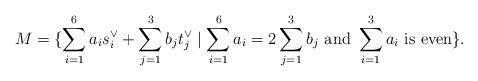
LaTeX: \begin{align*}M=\{\sum_{i=1}^6 a_i s_i^\vee + \sum_{j=1}^3 b_j t_j^\vee \mid \sum_{i=1}^6a_i=2\sum_{j=1}^3b_j~{\rm and~} \sum_{i=1}^3a_i {\rm ~is~even}\}.\end{align*}